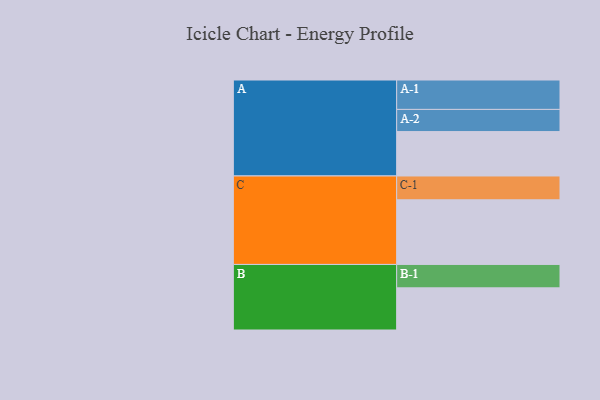
{"axis": {"x": "Segment", "y": "Value"}, "legend": ["", "A", "B", "C"], "data": [{"x": "A", "y": 397, "type": ""}, {"x": "B", "y": 377, "type": ""}, {"x": "C", "y": 578, "type": ""}, {"x": "A-1", "y": 263, "type": "A"}, {"x": "A-2", "y": 198, "type": "A"}, {"x": "B-1", "y": 209, "type": "B"}, {"x": "C-1", "y": 213, "type": "C"}]}